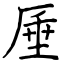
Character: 厜